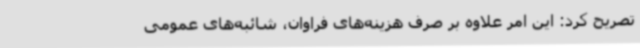
تصریح کرد: این امر علاوه بر صرف هزینه‌های فراوان، شائبه‌های عمومی